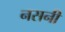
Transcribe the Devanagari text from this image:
नसनी